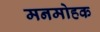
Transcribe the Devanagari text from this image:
मनमोहक